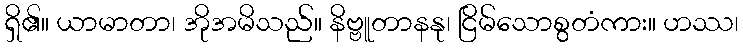
ရှိ၏။ ယာမာတာ၊ အိုအမိသည်။ နိဗ္ဗူတာနနု၊ ငြိမ်သောစွတံကား။ ဟဿ၊